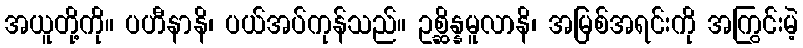
အယူတို့ကို။ ပဟီနာနိ၊ ပယ်အပ်ကုန်သည်။ ဥစ္ဆိန္နမူလာနိ၊ အမြစ်အရင်းကို အကြွင်းမဲ့